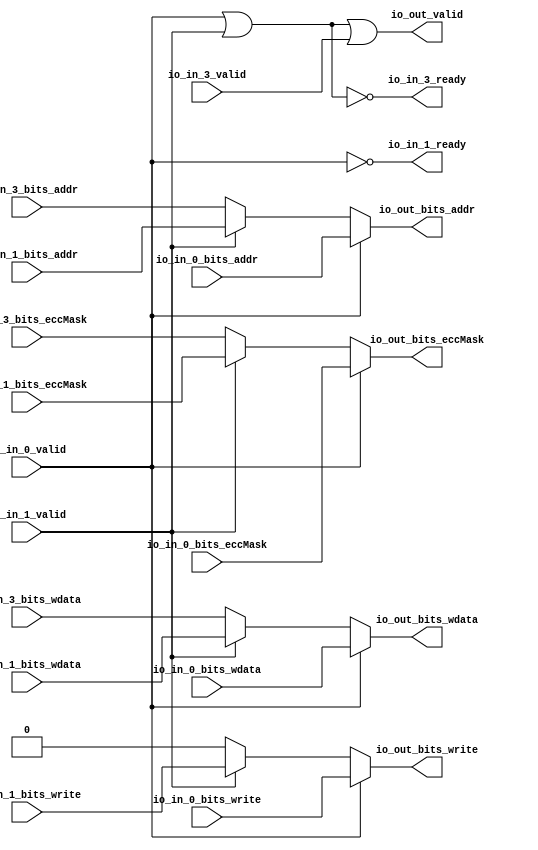
// This program was cloned from: https://github.com/NYU-MLDA/OpenABC
// License: BSD 3-Clause "New" or "Revised" License

module DCacheModuleanon3( // @[:freechips.rocketchip.system.TinyConfig.fir@103149.2]
  input         io_in_0_valid, // @[:freechips.rocketchip.system.TinyConfig.fir@103152.4]
  input  [7:0]  io_in_0_bits_addr, // @[:freechips.rocketchip.system.TinyConfig.fir@103152.4]
  input         io_in_0_bits_write, // @[:freechips.rocketchip.system.TinyConfig.fir@103152.4]
  input  [31:0] io_in_0_bits_wdata, // @[:freechips.rocketchip.system.TinyConfig.fir@103152.4]
  input  [3:0]  io_in_0_bits_eccMask, // @[:freechips.rocketchip.system.TinyConfig.fir@103152.4]
  output        io_in_1_ready, // @[:freechips.rocketchip.system.TinyConfig.fir@103152.4]
  input         io_in_1_valid, // @[:freechips.rocketchip.system.TinyConfig.fir@103152.4]
  input  [7:0]  io_in_1_bits_addr, // @[:freechips.rocketchip.system.TinyConfig.fir@103152.4]
  input         io_in_1_bits_write, // @[:freechips.rocketchip.system.TinyConfig.fir@103152.4]
  input  [31:0] io_in_1_bits_wdata, // @[:freechips.rocketchip.system.TinyConfig.fir@103152.4]
  input  [3:0]  io_in_1_bits_eccMask, // @[:freechips.rocketchip.system.TinyConfig.fir@103152.4]
  output        io_in_3_ready, // @[:freechips.rocketchip.system.TinyConfig.fir@103152.4]
  input         io_in_3_valid, // @[:freechips.rocketchip.system.TinyConfig.fir@103152.4]
  input  [7:0]  io_in_3_bits_addr, // @[:freechips.rocketchip.system.TinyConfig.fir@103152.4]
  input  [31:0] io_in_3_bits_wdata, // @[:freechips.rocketchip.system.TinyConfig.fir@103152.4]
  input  [3:0]  io_in_3_bits_eccMask, // @[:freechips.rocketchip.system.TinyConfig.fir@103152.4]
  output        io_out_valid, // @[:freechips.rocketchip.system.TinyConfig.fir@103152.4]
  output [7:0]  io_out_bits_addr, // @[:freechips.rocketchip.system.TinyConfig.fir@103152.4]
  output        io_out_bits_write, // @[:freechips.rocketchip.system.TinyConfig.fir@103152.4]
  output [31:0] io_out_bits_wdata, // @[:freechips.rocketchip.system.TinyConfig.fir@103152.4]
  output [3:0]  io_out_bits_eccMask // @[:freechips.rocketchip.system.TinyConfig.fir@103152.4]
);
  wire [3:0] _GEN_9; // @[Arbiter.scala 126:27:freechips.rocketchip.system.TinyConfig.fir@103170.4]
  wire [31:0] _GEN_11; // @[Arbiter.scala 126:27:freechips.rocketchip.system.TinyConfig.fir@103170.4]
  wire  _GEN_12; // @[Arbiter.scala 126:27:freechips.rocketchip.system.TinyConfig.fir@103170.4]
  wire [7:0] _GEN_13; // @[Arbiter.scala 126:27:freechips.rocketchip.system.TinyConfig.fir@103170.4]
  wire  _T; // @[Arbiter.scala 31:68:freechips.rocketchip.system.TinyConfig.fir@103188.4]
  wire  _T_3; // @[Arbiter.scala 31:78:freechips.rocketchip.system.TinyConfig.fir@103191.4]
  wire  _T_9; // @[Arbiter.scala 135:19:freechips.rocketchip.system.TinyConfig.fir@103201.4]
  assign _GEN_9 = io_in_1_valid ? io_in_1_bits_eccMask : io_in_3_bits_eccMask; // @[Arbiter.scala 126:27:freechips.rocketchip.system.TinyConfig.fir@103170.4]
  assign _GEN_11 = io_in_1_valid ? io_in_1_bits_wdata : io_in_3_bits_wdata; // @[Arbiter.scala 126:27:freechips.rocketchip.system.TinyConfig.fir@103170.4]
  assign _GEN_12 = io_in_1_valid ? io_in_1_bits_write : 1'h0; // @[Arbiter.scala 126:27:freechips.rocketchip.system.TinyConfig.fir@103170.4]
  assign _GEN_13 = io_in_1_valid ? io_in_1_bits_addr : io_in_3_bits_addr; // @[Arbiter.scala 126:27:freechips.rocketchip.system.TinyConfig.fir@103170.4]
  assign _T = io_in_0_valid | io_in_1_valid; // @[Arbiter.scala 31:68:freechips.rocketchip.system.TinyConfig.fir@103188.4]
  assign _T_3 = _T == 1'h0; // @[Arbiter.scala 31:78:freechips.rocketchip.system.TinyConfig.fir@103191.4]
  assign _T_9 = _T_3 == 1'h0; // @[Arbiter.scala 135:19:freechips.rocketchip.system.TinyConfig.fir@103201.4]
  assign io_in_1_ready = io_in_0_valid == 1'h0; // @[Arbiter.scala 134:14:freechips.rocketchip.system.TinyConfig.fir@103196.4]
  assign io_in_3_ready = _T == 1'h0; // @[Arbiter.scala 134:14:freechips.rocketchip.system.TinyConfig.fir@103200.4]
  assign io_out_valid = _T_9 | io_in_3_valid; // @[Arbiter.scala 135:16:freechips.rocketchip.system.TinyConfig.fir@103203.4]
  assign io_out_bits_addr = io_in_0_valid ? io_in_0_bits_addr : _GEN_13; // @[Arbiter.scala 124:15:freechips.rocketchip.system.TinyConfig.fir@103160.4 Arbiter.scala 128:19:freechips.rocketchip.system.TinyConfig.fir@103168.6 Arbiter.scala 128:19:freechips.rocketchip.system.TinyConfig.fir@103177.6 Arbiter.scala 128:19:freechips.rocketchip.system.TinyConfig.fir@103186.6]
  assign io_out_bits_write = io_in_0_valid ? io_in_0_bits_write : _GEN_12; // @[Arbiter.scala 124:15:freechips.rocketchip.system.TinyConfig.fir@103159.4 Arbiter.scala 128:19:freechips.rocketchip.system.TinyConfig.fir@103167.6 Arbiter.scala 128:19:freechips.rocketchip.system.TinyConfig.fir@103176.6 Arbiter.scala 128:19:freechips.rocketchip.system.TinyConfig.fir@103185.6]
  assign io_out_bits_wdata = io_in_0_valid ? io_in_0_bits_wdata : _GEN_11; // @[Arbiter.scala 124:15:freechips.rocketchip.system.TinyConfig.fir@103158.4 Arbiter.scala 128:19:freechips.rocketchip.system.TinyConfig.fir@103166.6 Arbiter.scala 128:19:freechips.rocketchip.system.TinyConfig.fir@103175.6 Arbiter.scala 128:19:freechips.rocketchip.system.TinyConfig.fir@103184.6]
  assign io_out_bits_eccMask = io_in_0_valid ? io_in_0_bits_eccMask : _GEN_9; // @[Arbiter.scala 124:15:freechips.rocketchip.system.TinyConfig.fir@103156.4 Arbiter.scala 128:19:freechips.rocketchip.system.TinyConfig.fir@103164.6 Arbiter.scala 128:19:freechips.rocketchip.system.TinyConfig.fir@103173.6 Arbiter.scala 128:19:freechips.rocketchip.system.TinyConfig.fir@103182.6]
endmodule